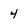
Character: 4